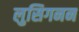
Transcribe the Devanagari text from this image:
लुसिगनन